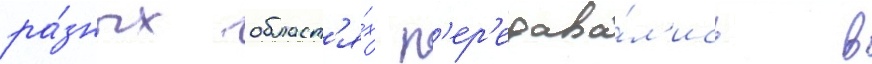
ра́зных област'я́х п'ер'едава́л'ись в